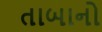
તાબાનો